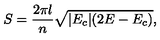
S = \frac { 2 \pi l } { n } \sqrt { | E _ { c } | ( 2 E - E _ { c } ) } ,